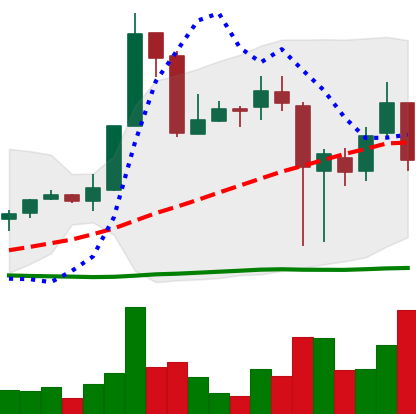
Ticker: XRP-USD
Chart end date: 2018-11-19
Forward return: -21.505%
Label: down_7plus